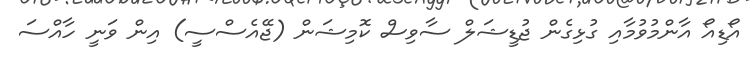
އޯޑިއޯ އާންމުވުމާއި ގުޅިގެން ޖުޑީޝަލް ސާވިސް ކޮމިޝަން (ޖޭއެސްސީ) އިން ވަނީ ހާއްސަ